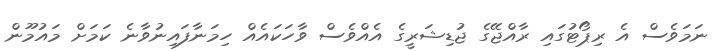
ނަމަވެސް އެ ރިޕޯޓުގައި ރާއްޖޭގެ ޖުޑިޝަރީގެ އެއްވެސް ވާހަކައެއް ހިމަނާފައިނުވާނެ ކަމަށް މައުމޫން